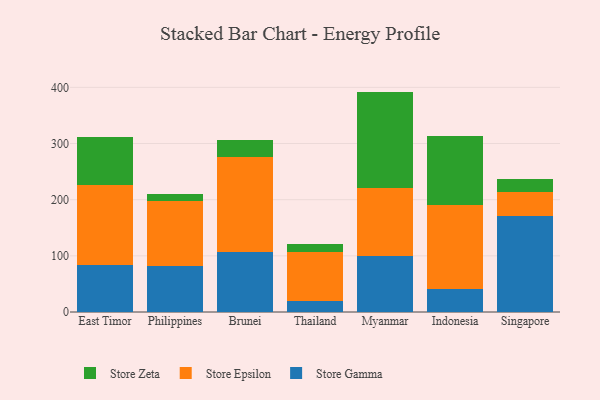
{"axis": {"x": "Country", "y": "LTV (USD)"}, "legend": ["Store Epsilon", "Store Gamma", "Store Zeta"], "data": [{"x": "East Timor", "y": 83.7, "type": "Store Gamma"}, {"x": "East Timor", "y": 143.2, "type": "Store Epsilon"}, {"x": "East Timor", "y": 85.4, "type": "Store Zeta"}, {"x": "Philippines", "y": 82.7, "type": "Store Gamma"}, {"x": "Philippines", "y": 115.8, "type": "Store Epsilon"}, {"x": "Philippines", "y": 10.9, "type": "Store Zeta"}, {"x": "Brunei", "y": 106.7, "type": "Store Gamma"}, {"x": "Brunei", "y": 168.5, "type": "Store Epsilon"}, {"x": "Brunei", "y": 31.8, "type": "Store Zeta"}, {"x": "Thailand", "y": 19.3, "type": "Store Gamma"}, {"x": "Thailand", "y": 87.9, "type": "Store Epsilon"}, {"x": "Thailand", "y": 14.4, "type": "Store Zeta"}, {"x": "Myanmar", "y": 100.1, "type": "Store Gamma"}, {"x": "Myanmar", "y": 120.4, "type": "Store Epsilon"}, {"x": "Myanmar", "y": 171.9, "type": "Store Zeta"}, {"x": "Indonesia", "y": 40.2, "type": "Store Gamma"}, {"x": "Indonesia", "y": 151.1, "type": "Store Epsilon"}, {"x": "Indonesia", "y": 121.2, "type": "Store Zeta"}, {"x": "Singapore", "y": 170.1, "type": "Store Gamma"}, {"x": "Singapore", "y": 42.9, "type": "Store Epsilon"}, {"x": "Singapore", "y": 24.1, "type": "Store Zeta"}]}